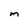
Character: M